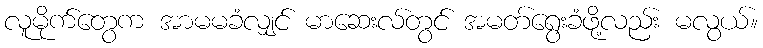
လူမိုက်တွေက အာမမခံလျှင် မာဆေးလ်တွင် အမတ်ရွေးခံဖို့လည်း မလွယ်။